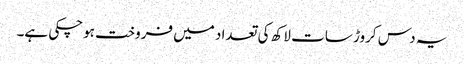
یہ دس کروڑ سات لاکھ کی تعداد میں فروخت ہوچکی ہے۔